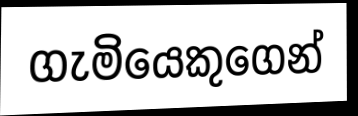
ගැමියෙකුගෙන්